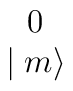
\begin{array}{c}0 \\\mid m\rangle\end{array}